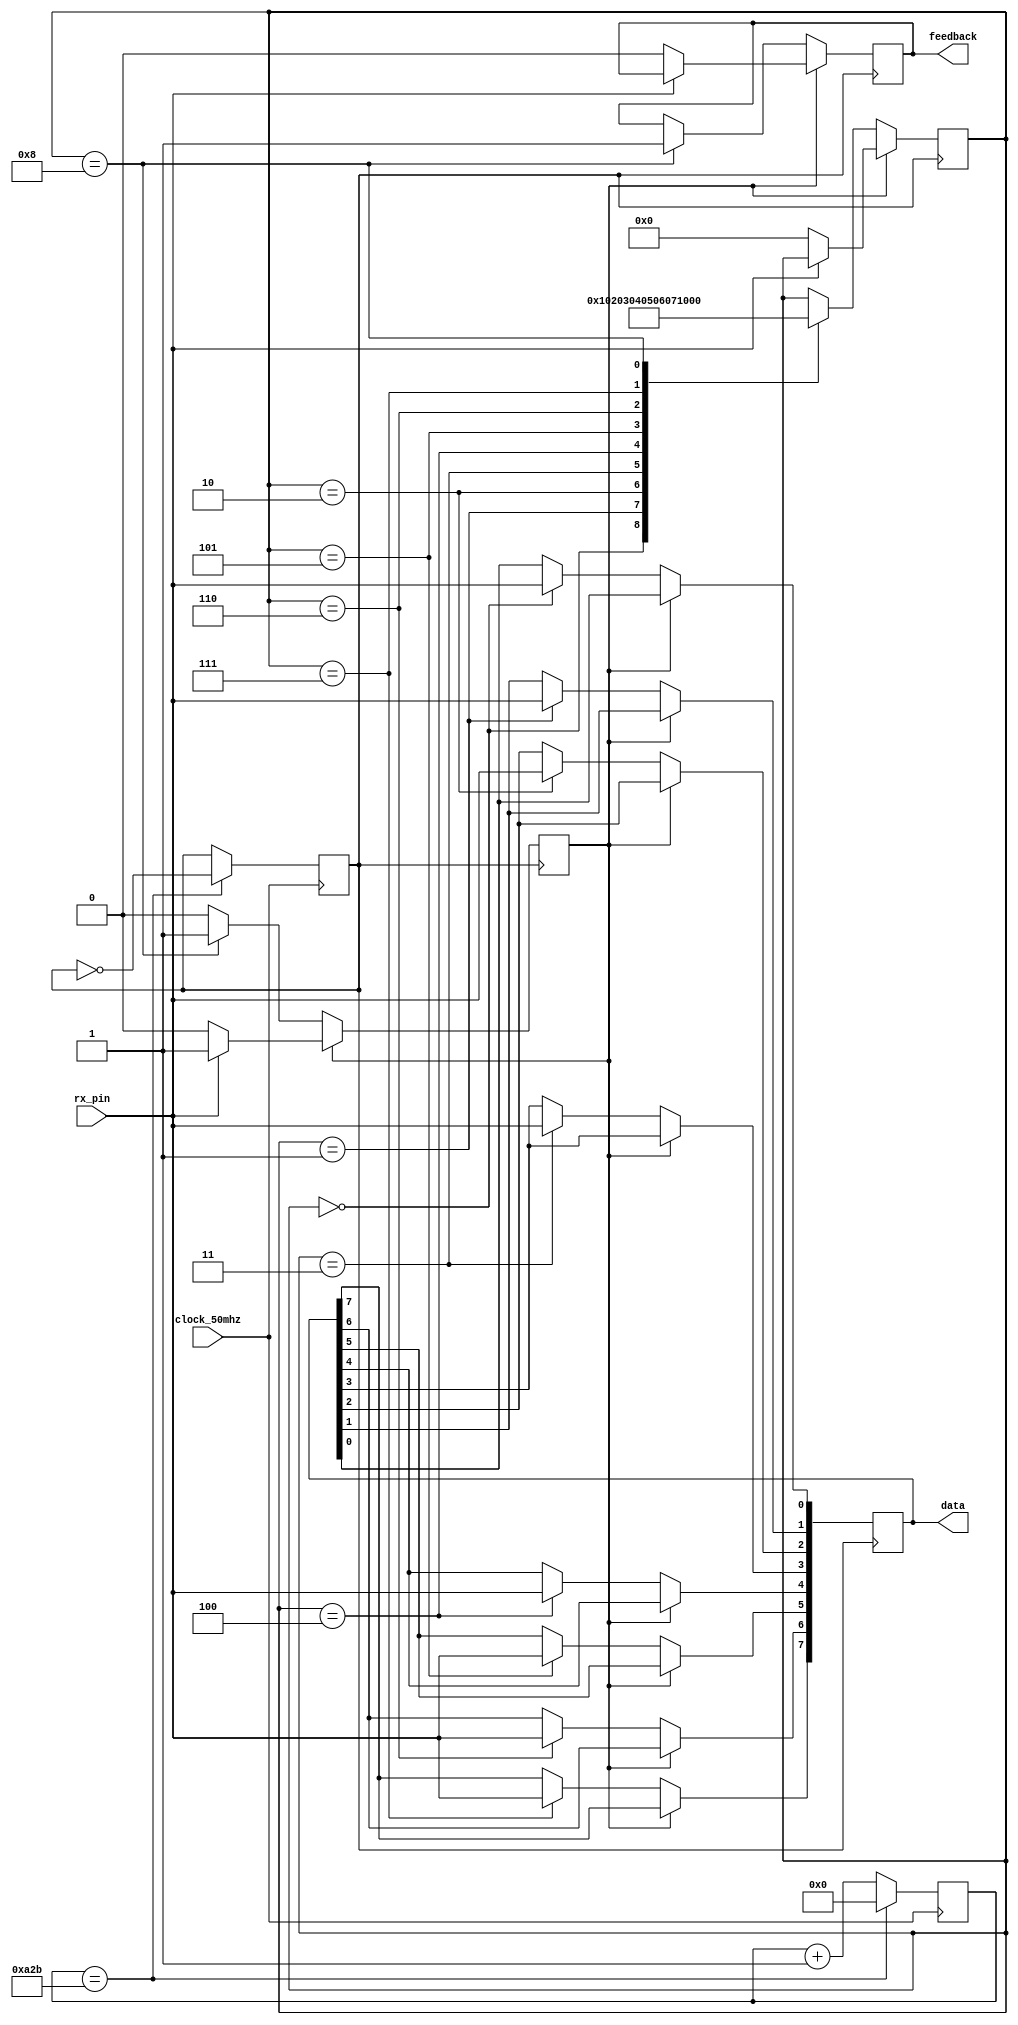
module uartRead(	clock_50mhz,				
						data,
						rx_pin,
						feedback
			);
			
// khai bao dau vao dau ra cho module
input 			clock_50mhz;		// xung dau vao
input 			rx_pin;
output wire [7:0] 	data; 		// 8bit data nhan duoc
output wire		feedback;			// khai báo tin hieu feedback dau ra

// khai bao cac bien 

reg	clock;							// xung clock voi baurade 115200/s
reg	fb;
//reg	[7:0]		counter;				// 50000000:115200:2 = 217. tính so xung cho 1 nua chu ky baurate 115200/s
reg	[11:0]	counter  ;				// 50000000:9600:2 = 2604. tính so xung cho 1 nua chu ky baurate 9600 bit/s												
reg	[7:0]		stt_rx;				//	trang thai khung nhan uart
reg	rx_ready;
reg	[7:0]		data_reciver;
reg	delay;
reg 	run;

// hàm tao xung clock baurade 115200/s

always@(posedge clock_50mhz)
	begin
		begin
//			if(counter == 8'd216)			//115200 bit/s
			if(counter == 12'd2603)			//9600 bit/s
				begin
					counter <= 0;
					clock	<= ~clock; 		// tao xung clock có tan so 115200 bit/s
				end
			else
				counter <= counter + 1;
		end
	end
	
// chuong trinh nhan data

always@(posedge clock)
	begin

		if(rx_ready)					// kiem tra trang thai 
			begin
				if(input_rx == 0) begin stt_rx <= 0; rx_ready <= 0; fb<=0; end // nhan tin hieu reciver start
			end
			
		else
			case(stt_rx)
				8'd0: begin data_reciver[0]	<= input_rx; stt_rx<=1; end		// nhan bit du lieu dau tien
				8'd1:	begin data_reciver[1]	<= input_rx; stt_rx<=2; end		
				8'd2:	begin data_reciver[2]	<= input_rx; stt_rx<=3; end
				8'd3:	begin data_reciver[3]	<= input_rx; stt_rx<=4; end
				8'd4:	begin data_reciver[4]	<= input_rx; stt_rx<=5; end
				8'd5:	begin data_reciver[5]	<= input_rx; stt_rx<=6; end
				8'd6:	begin data_reciver[6]	<= input_rx; stt_rx<=7; end
				8'd7:	begin data_reciver[7]	<= input_rx; stt_rx<=8; end		// nhan bit du lieu cuoi cung
				8'd8:	begin rx_ready <= 1; stt_rx <= 9; fb <= 1;	end
				//8'd9:	
			endcase
		end
		



assign input_rx = rx_pin;				// doc trang thai chan rx
assign data = data_reciver;			// gan du lieu cho ouput data voi du lieu nhan duoc, gui ve cho module top_level
assign feedback = fb;					// tin hieu phan hoi
endmodule